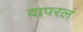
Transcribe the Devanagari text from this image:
वापरलं